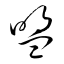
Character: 盟